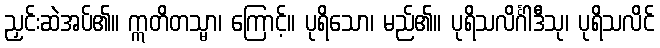
ညှင်းဆဲအပ်၏။ ဣတိတသ္မာ၊ ကြောင့်။ ပုရိသော၊ မည်၏။ ပုရိသလိင်္ဂါဒီသု၊ ပုရိသလိင်